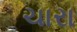
ચારા